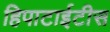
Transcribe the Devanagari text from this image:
हिपाटाईटीस